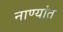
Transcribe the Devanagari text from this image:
नाण्यांत